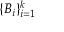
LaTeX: \{ B _ { i } \} _ { i = 1 } ^ { k }